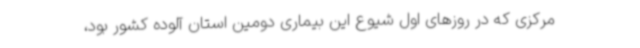
مرکزی که در روزهای اول شیوع این بیماری دومین استان آلوده کشور بود،